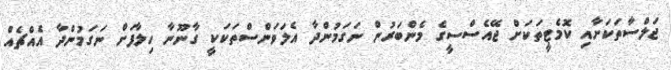
ޖަލްސާތަކަށާއި ކޮމެޓީތަކަށް ޖޭއެސްސީގެ މެންބަރުން ނަގަމުންދާ އެލަވަންސްތަކަކީ ގާނޫނާ ހިލާފަށް ނަގަމުންދާ އެއްޗެއް